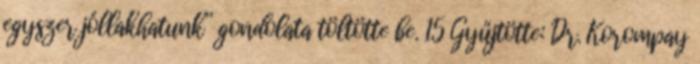
egyszer jóllakhatunk” gondolata töltötte be. 15 Gyűjtötte: Dr. Korompay